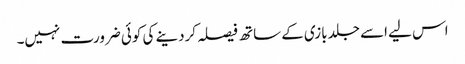
اس لیے اسے جلد بازی کے ساتھ فیصلہ کردینے کی کوئی ضرورت نہیں۔